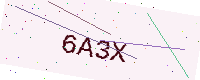
Text: 6A3X